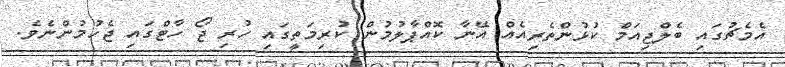
އެމެޗުގައި ބެލްޖިއަމް ކުޅުންތެރިއެއް އޭނާ ކޮއްޕާލުމުން ކުރިމަތީގައި ހުރި ޖޯ ހާޓްގައި ޖެހުމުންނެވެ.